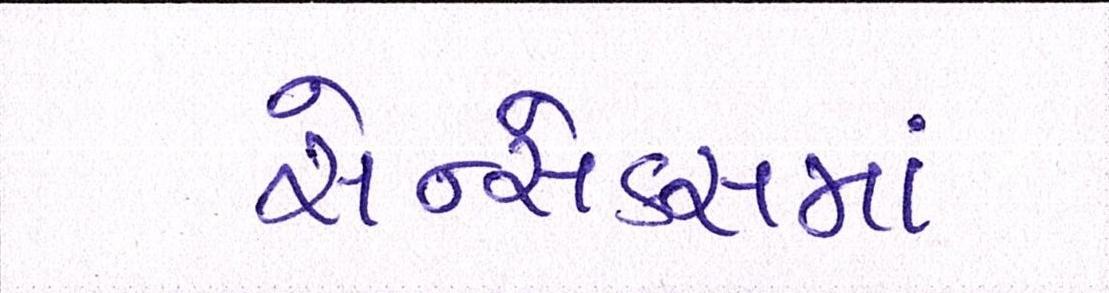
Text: સેન્સેક્સમાં